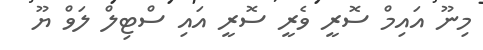
މިނޫ އައިމް ސޮރީ ވެރީ ސޮރީ އައި ސްޓިލް ލަވް ޔޫ